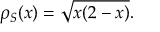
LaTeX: \rho _ { S } ( x ) = { \sqrt { x ( 2 - x ) } } .